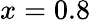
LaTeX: x=0.8